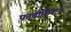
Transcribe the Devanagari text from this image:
पदवीशिवाय